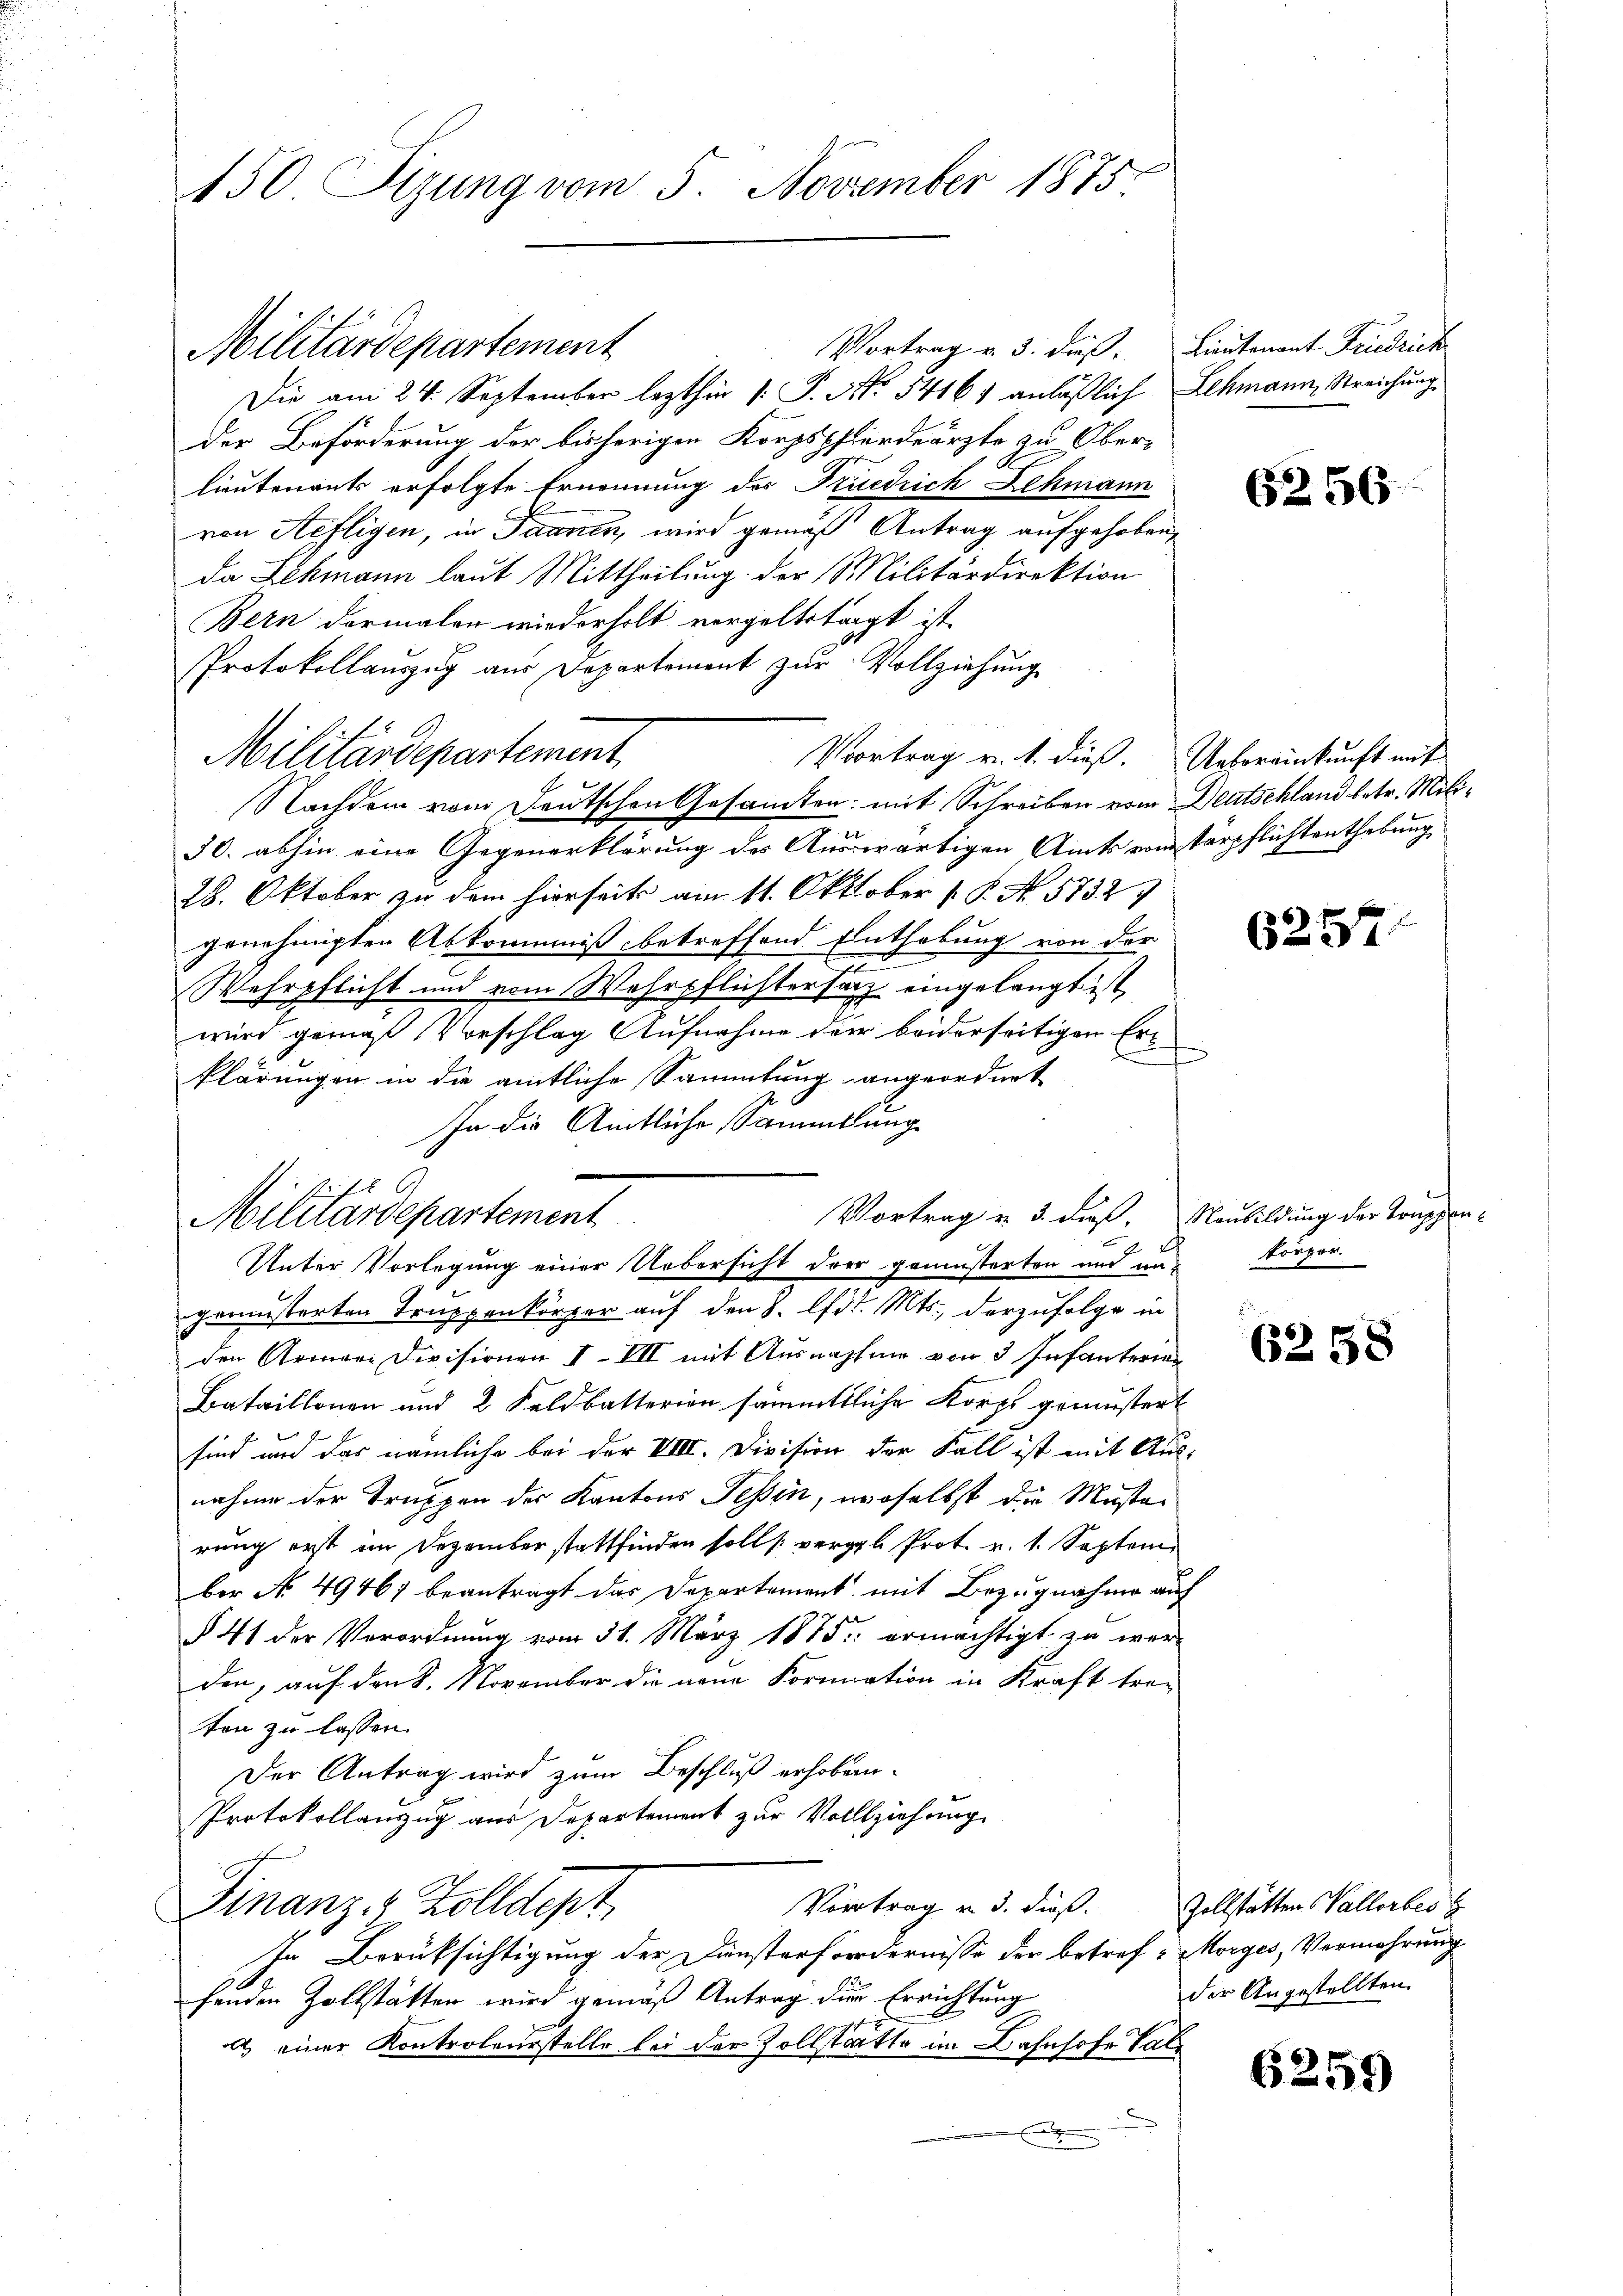
150 Tigung vom 5. November 1875.

Vortrag v. 3. dieß. Lieutenant Friedrich
Die am 24. September lezthin 1. P. Nr. 5416 anläßlich Schmann, Streichung
Der Beförderung der bisherigen Korpspferdeärzte zu Oberlieutenants erfolgte Ernennung des Friedrich Lehmann
von Stefligen, in Saanen, wird gemäß Antrag aufgehoben,
da Lehmann laut Mittheilung der Militärdirektion
Bern dermalen wiederholt vergeltstagt ist.
Protokollauszug aus Departement zur Vollziehung
30. abhin eine Gegenerklärung des Auswärtigen Amtsvotärpflichtenthebung
28. Oktober zu dem hierseits am 11. Oktober 1 P. N. 5732)
genehmigten Abkommniß betreffend Enthebung von der
Wehrpflicht und vom Wehrpflichtersatz eingelangt ist
wird gemäß Vorschlag Aufnahme der beiderseitigen Erf
klärungen in die amtliche Sammlung angeordnet
Ja die Amtliche Sammlung
Unter Vorlegung einer Uebersicht der gemusterten und un-
gemüsserten Truppenkörper auf den 8. lfd. Mts., derzufolge in
den Armere Divisionen VIII mit Ausnahme von 3 Infanterien
Bataillonen und 2 Feldbatterien sämmtliche Korps gemustert
sind und das nämliche bei der VIII. Division der Fall ist mit Aus-
nahme der Truppen der Kantons Tessin, woselbst die Musterung erst im Dezember stattfinden soll vergl. Prot. v. 1. Septem
ber No. 49467 beantragt das Departement mit Bezugnahme auf
§ 41 der Verordnung vom 31. März 1875 ermächtigt zu wer-
den, auf den 8. November die neue Formation in Kraft traten zu lassen.
Der Antrag wird zum Beschluß erhoben.
Protokollanzug aus Departement zur Vollziehung
Vortrag v. 3. dieß.
Finanz- Zolldept
In Berüksichtigung der Dunsterfordernisse der betref- Morges, Vermehrung
fenden Zollstätten wird gemäß Antrag der Errichtung
a) einer Kontroleurstelle bei der Zollstätte im Bahnhofe Vale
F

Militärdepartement

Militärdepartement

Militärdepartement

Nachdem vom Deutschen Gesamten mit Schreiben vom Deutschland betr. Mili¬

Voortrag v. 1. dieß. Uebereinkunft mit

Vortrag u. 3. dieß. Neubildung der Truppen

6256

6257.

körper.

6258

Zollstätten Vallorbes z
der Angestellten

6259